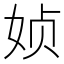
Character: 𰌂